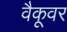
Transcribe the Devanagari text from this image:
वैकूवर